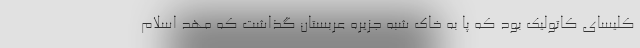
کلیسای کاتولیک بود که پا به خاک شبه جزیره عربستان گذاشت که مهد اسلام